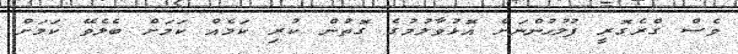
ވެސް ގްރެގޮރީ ފުލުހުންނަށް އޮޅުވާލުމުގެ ގޮތުން ކުރި ކަމެއް ކަމަށް ބެލެވޭ ކަމަށް